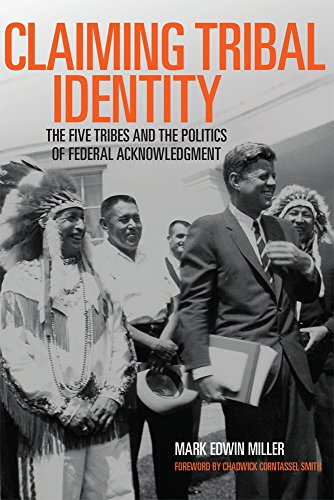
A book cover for Claiming Tribal Identity: The Five Tribes and the Politics of Federal Acknowledgment; Prof. Mark Edwin Miller Ph.D.; Law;